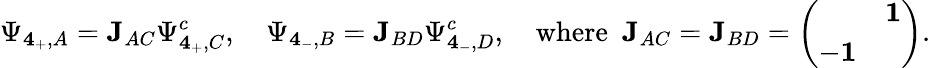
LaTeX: \Psi_{{\mathbf 4}_{+},A}={\mathbf J}_{AC}\Psi_{{\mathbf 4}_{+},C}^{c},\quad\Psi_{{\mathbf 4}_{-},B}={\mathbf J}_{BD}\Psi_{{\mathbf 4}_{-},D}^{c},\quad\mathrm{where~~}{\mathbf J}_{AC}={\mathbf J}_{BD}=\left(\begin{array}{cc}{{}}&{{{\mathbf 1}}}\\ {{-{\mathbf 1}}}&{{}}\end{array}\right).